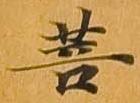
菩